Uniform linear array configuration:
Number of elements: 4
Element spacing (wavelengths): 0.5
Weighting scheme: binomial
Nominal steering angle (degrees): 45
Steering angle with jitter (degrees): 44.031
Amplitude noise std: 0.05
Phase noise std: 0.05

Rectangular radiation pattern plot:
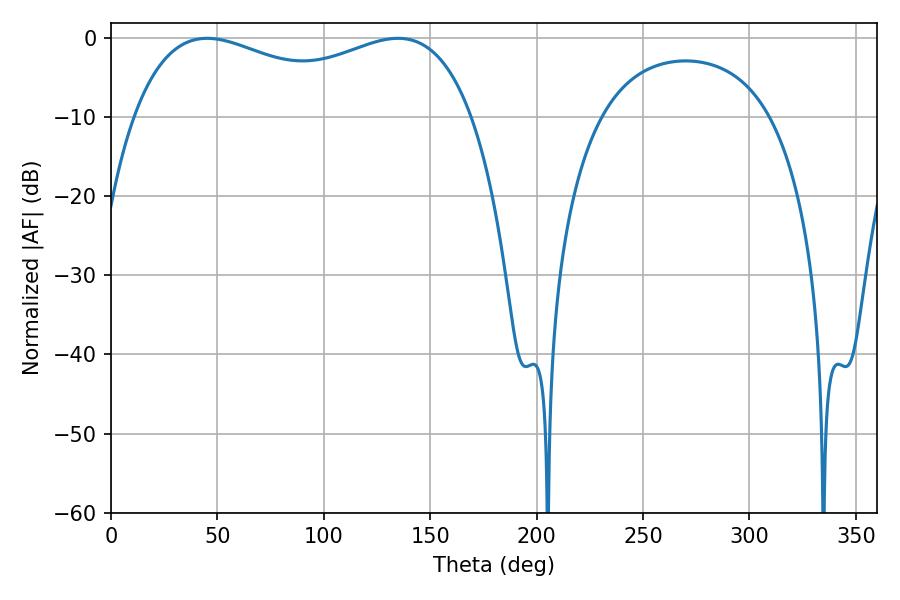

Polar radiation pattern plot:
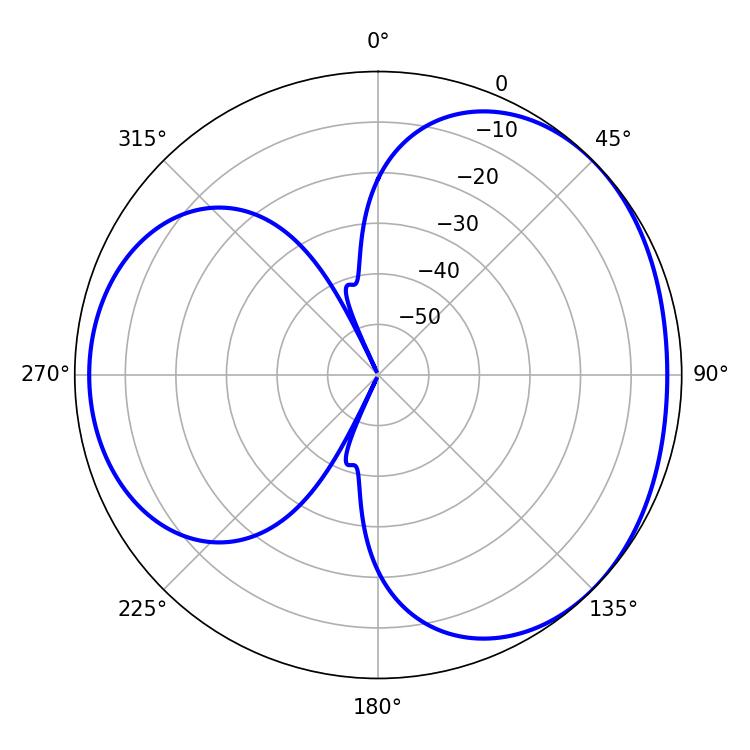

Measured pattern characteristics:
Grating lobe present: FALSE
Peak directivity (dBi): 3.361
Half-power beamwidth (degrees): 131.4
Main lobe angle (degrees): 45.18